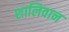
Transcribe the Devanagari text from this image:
शालिवान